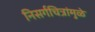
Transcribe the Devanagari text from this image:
निसर्गचित्रांमुळे